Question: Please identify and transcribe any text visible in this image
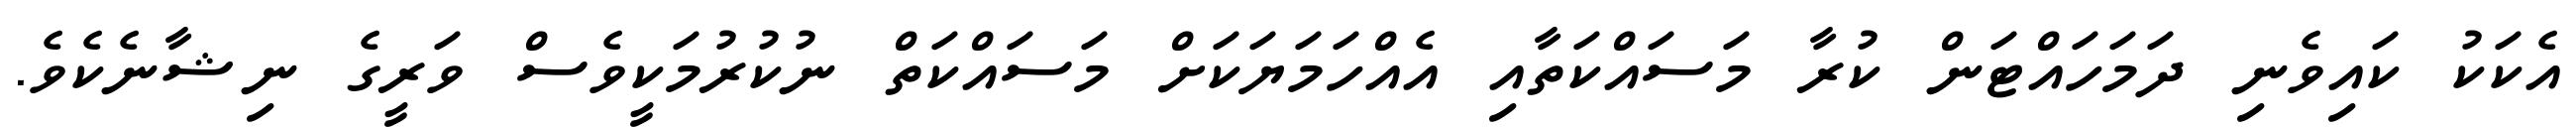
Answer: އެކަކު ކައިވެނި ދަމަހައްޓަން ކުރާ މަސައްކަތާއި އެއްހަމަޔަކަށް މަސައްކަތް ނުކުރުމަކީވެސް ވަރީގެ ނިޝާނެކެވެ.